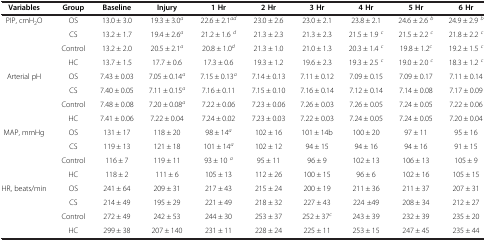
<table><thead><tr><td><b>Variables</b></td><td><b>Group</b></td><td><b>Baseline</b></td><td><b>Injury</b></td><td><b>1 Hr</b></td><td><b>2 Hr</b></td><td><b>3 Hr</b></td><td><b>4 Hr</b></td><td><b>5 Hr</b></td><td><b>6 Hr</b></td></tr></thead><tbody><tr><td>PIP, cmH<sub>2</sub>O</td><td>OS</td><td>13.0 ± 3.0</td><td>19.3 ± 3.0<sup><i>a</i></sup></td><td>22.6 ± 2.1<sup><i>ad</i></sup></td><td>23.0 ± 2.6</td><td>23.0 ± 2.1</td><td>23.8 ± 2.1</td><td>24.6 ± 2.6 <sup><i>b</i></sup></td><td>24.9 ± 2.9 <sup><i>b</i></sup></td></tr><tr><td> </td><td>CS</td><td>13.2 ± 1.7</td><td>19.4 ± 2.6<sup><i>a</i></sup></td><td>21.2 ± 1.6 <sup><i>d</i></sup></td><td>21.3 ± 2.3</td><td>21.3 ± 2.3</td><td>21.5 ± 1.9 <sup><i>c</i></sup></td><td>21.5 ± 2.2 <sup><i>c</i></sup></td><td>21.8 ± 2.2 <sup><i>c</i></sup></td></tr><tr><td> </td><td>Control</td><td>13.2 ± 2.0</td><td>20.5 ± 2.1<sup><i>a</i></sup></td><td>20.8 ± 1.0<sup><i>d</i></sup></td><td>21.3 ± 1.0</td><td>21.0 ± 1.3</td><td>20.3 ± 1.4 <sup><i>c</i></sup></td><td>19.8 ± 1.2<sup><i>c</i></sup></td><td>19.2 ± 1.5 <sup><i>c</i></sup></td></tr><tr><td> </td><td>HC</td><td>13.7 ± 1.5</td><td>17.7 ± 0.6</td><td>17.3 ± 0.6</td><td>19.3 ± 1.2</td><td>19.6 ± 2.3</td><td>19.3 ± 2.5 <sup><i>c</i></sup></td><td>19.0 ± 2.0 <sup><i>c</i></sup></td><td>18.3 ± 1.2 <sup><i>c</i></sup></td></tr><tr><td>Arterial pH</td><td>OS</td><td>7.43 ± 0.03</td><td>7.05 ± 0.14<sup><i>a</i></sup></td><td>7.15 ± 0.13<sup><i>a</i></sup></td><td>7.14 ± 0.13</td><td>7.11 ± 0.12</td><td>7.09 ± 0.15</td><td>7.09 ± 0.17</td><td>7.11 ± 0.14</td></tr><tr><td> </td><td>CS</td><td>7.40 ± 0.05</td><td>7.11 ± 0.15<sup><i>a</i></sup></td><td>7.16 ± 0.11</td><td>7.15 ± 0.10</td><td>7.16 ± 0.14</td><td>7.12 ± 0.14</td><td>7.14 ± 0.08</td><td>7.17 ± 0.09</td></tr><tr><td> </td><td>Control</td><td>7.48 ± 0.08</td><td>7.20 ± 0.08<sup><i>a</i></sup></td><td>7.22 ± 0.06</td><td>7.23 ± 0.06</td><td>7.26 ± 0.03</td><td>7.26 ± 0.05</td><td>7.24 ± 0.05</td><td>7.22 ± 0.06</td></tr><tr><td> </td><td>HC</td><td>7.41 ± 0.06</td><td>7.22 ± 0.04</td><td>7.24 ± 0.02</td><td>7.23 ± 0.03</td><td>7.22 ± 0.03</td><td>7.24 ± 0.05</td><td>7.24 ± 0.05</td><td>7.20 ± 0.04</td></tr><tr><td>MAP, mmHg</td><td>OS</td><td>131 ± 17</td><td>118 ± 20</td><td>98 ± 14<sup><i>a</i></sup></td><td>102 ± 16</td><td>101 ± 14b</td><td>100 ± 20</td><td>97 ± 11</td><td>95 ± 16</td></tr><tr><td> </td><td>CS</td><td>119 ± 13</td><td>121 ± 18</td><td>101 ± 14<sup><i>a</i></sup></td><td>102 ± 12</td><td>94 ± 15</td><td>94 ± 16</td><td>94 ± 16</td><td>91 ± 15</td></tr><tr><td> </td><td>Control</td><td>116 ± 7</td><td>119 ± 11</td><td>93 ± 10 <sup><i>a</i></sup></td><td>95 ± 11</td><td>96 ± 9</td><td>102 ± 13</td><td>106 ± 13</td><td>105 ± 9</td></tr><tr><td> </td><td>HC</td><td>118 ± 2</td><td>111 ± 6</td><td>105 ± 13</td><td>112 ± 26</td><td>100 ± 15</td><td>96 ± 6</td><td>102 ± 16</td><td>105 ± 15</td></tr><tr><td>HR, beats/min</td><td>OS</td><td>241 ± 64</td><td>209 ± 31</td><td>217 ± 43</td><td>215 ± 24</td><td>200 ± 19</td><td>211 ± 36</td><td>211 ± 37</td><td>207 ± 31</td></tr><tr><td> </td><td>CS</td><td>214 ± 49</td><td>195 ± 29</td><td>221 ± 49</td><td>218 ± 32</td><td>227 ± 43</td><td>224 ±49</td><td>208 ± 34</td><td>212 ± 27</td></tr><tr><td> </td><td>Control</td><td>272 ± 49</td><td>242 ± 53</td><td>244 ± 30</td><td>253 ± 37</td><td>252 ± 37<sup><i>c</i></sup></td><td>243 ± 39</td><td>232 ± 39</td><td>235 ± 20</td></tr><tr><td> </td><td>HC</td><td>299 ± 38</td><td>207 ± 140</td><td>231 ± 11</td><td>228 ± 24</td><td>225 ± 11</td><td>253 ± 15</td><td>247 ± 45</td><td>235 ± 44</td></tr></tbody></table>